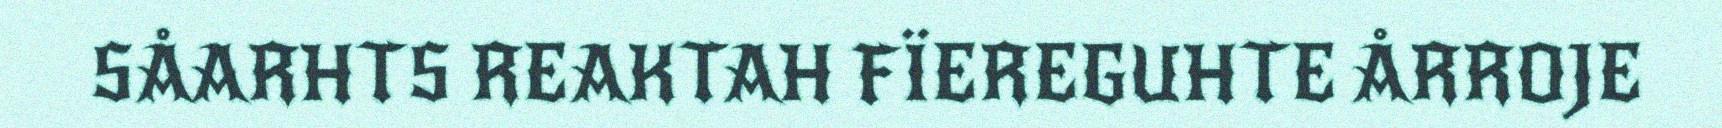
SÅARHTS REAKTAH FÏEREGUHTE ÅRROJE